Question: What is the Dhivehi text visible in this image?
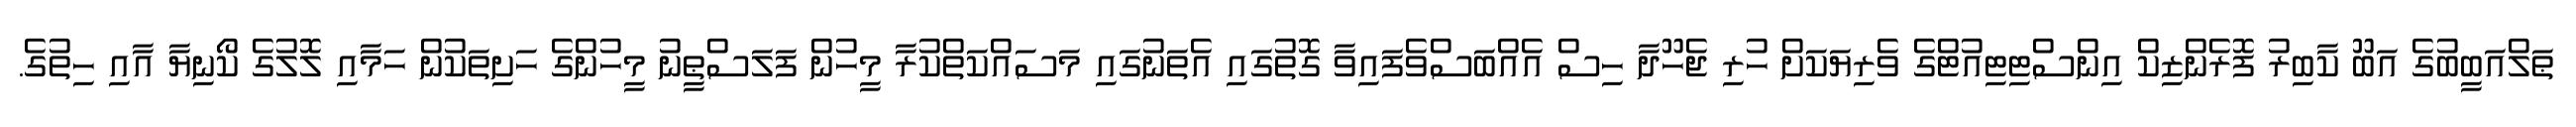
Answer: ޠަލްއަބީބުގެ އަބޫ ކާބިރު ފޮރެންޒިކް އިންސްޓިޓިއުޓްގެ ވެރިޔަކަށް ހުރި ޖެހޫދާ ހިސް އެއްބަސްވެފައިވާ ގޮތުގައި އެތަނުގައި މަސައްކަތްކުރާ މީހުން ފަލަސްޠީނު މީހުންގެ ހަށިތަކުން ހަމާއި ލޮލުގެ ކޯނިޔާ އާއި ހިތުގެ.